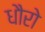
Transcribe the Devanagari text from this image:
धौरो